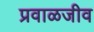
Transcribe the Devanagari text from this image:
प्रवाळजीव